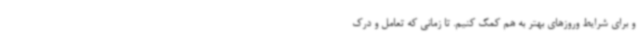
و برای شرایط وروزهای بهتر به هم کمک کنیم. تا زمانی که تعامل و درک